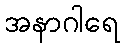
အနာဂါရေ